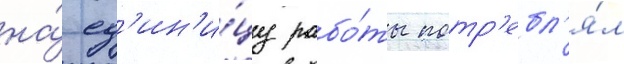
на́ ед'ин'и́цу рабо́ты потр'ебл'я́л